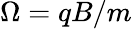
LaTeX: \Omega=qB/m